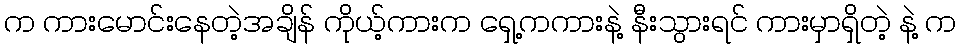
က ကားမောင်းနေတဲ့အချိန် ကိုယ့်ကားက ရှေ့ကကားနဲ့ နီးသွားရင် ကားမှာရှိတဲ့ နဲ့ က